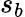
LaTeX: s_{b}